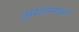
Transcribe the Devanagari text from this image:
तुम्मलपल्ले